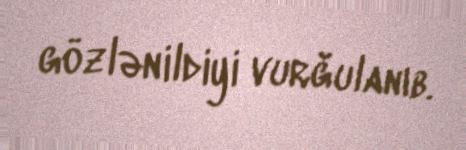
gözlənildiyi vurğulanıb.